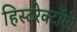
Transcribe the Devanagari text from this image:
हिस्टरेक्टॉमी